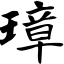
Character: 璋